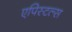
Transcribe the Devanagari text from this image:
एपिस्टल्स